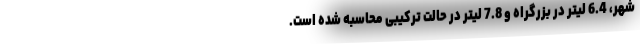
شهر، 6.4 لیتر در بزرگراه و 7.8 لیتر در حالت ترکیبی محاسبه شده است.